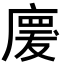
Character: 𢊤